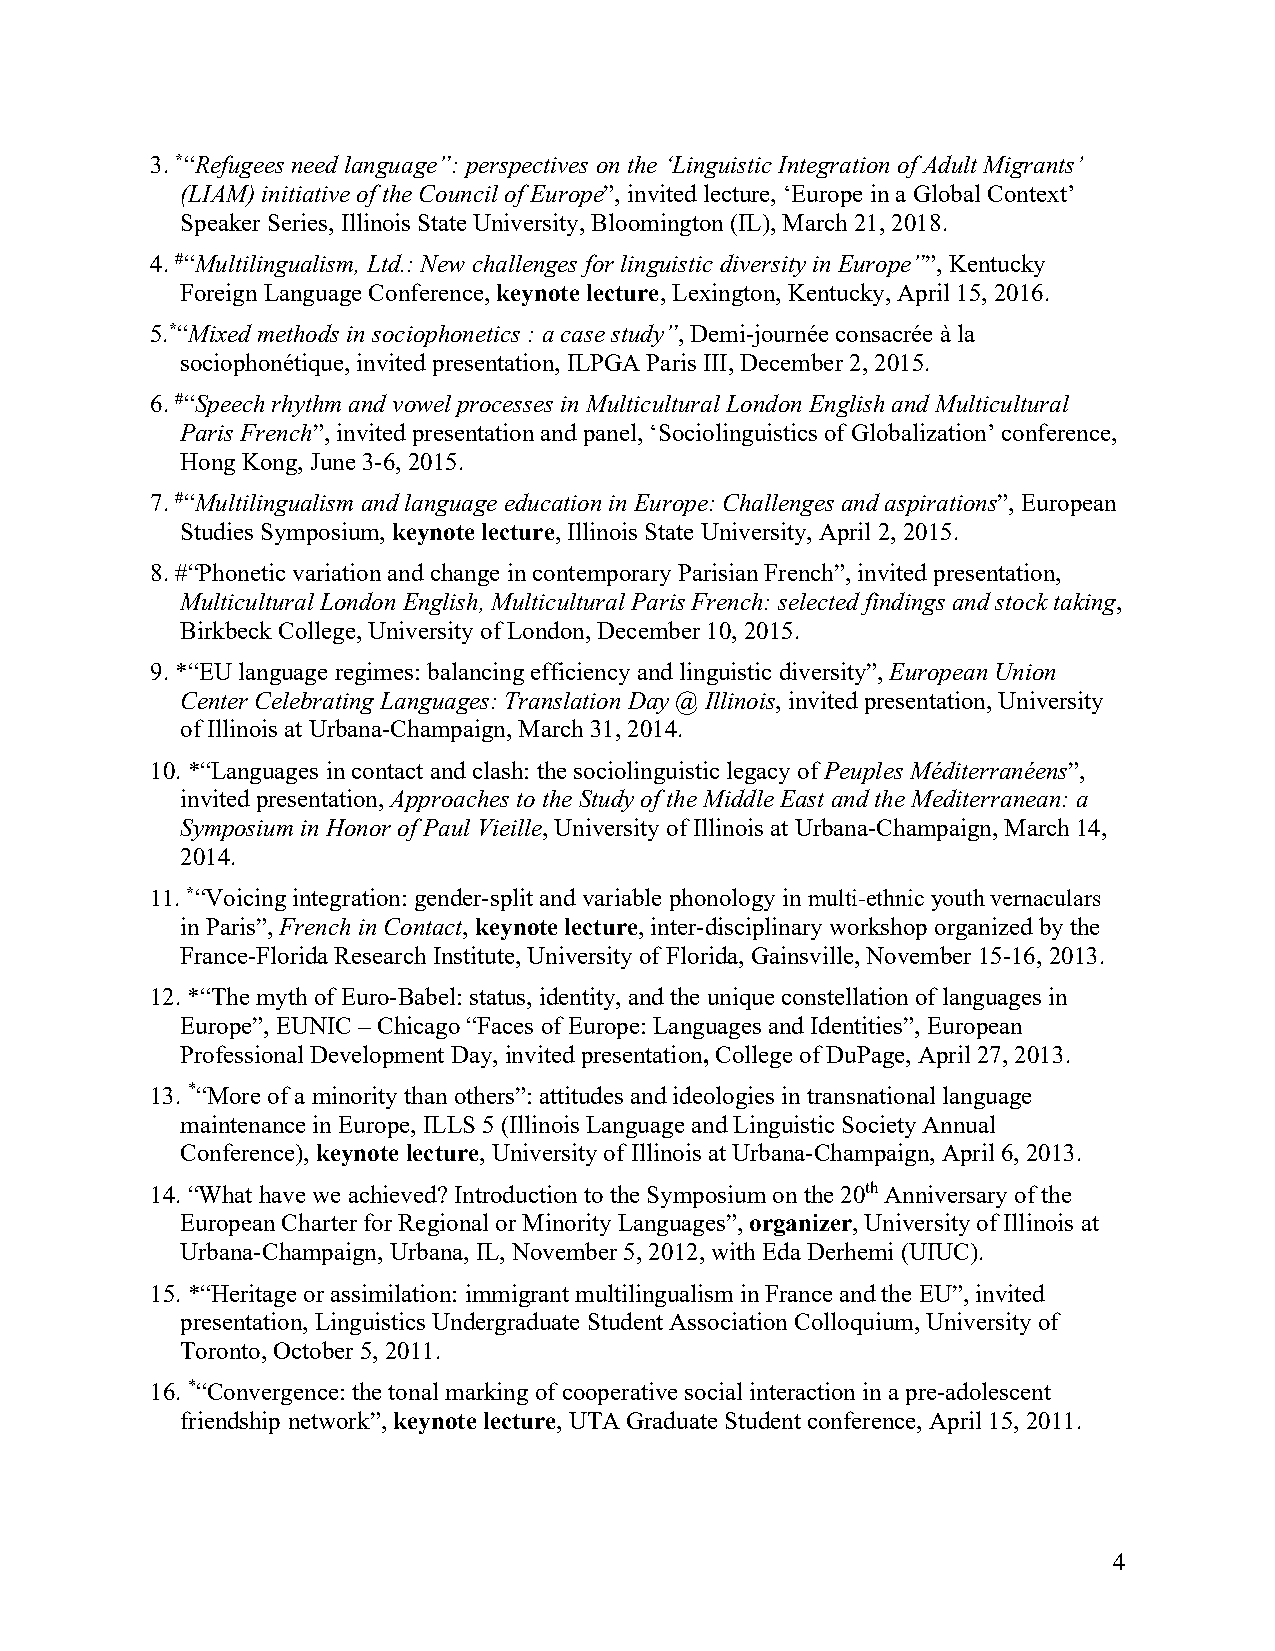
3. *“Refugees need language”: perspectives on the ‘Linguistic Integration of Adult Migrants’
 (LIAM) initiative of the Council of Europe”, invited lecture, ‘Europe in a Global Context’
 Speaker Series, Illinois State University, Bloomington (IL), March 21, 2018.
 4. #“Multilingualism, Ltd.: New challenges for linguistic diversity in Europe””, Kentucky
 Foreign Language Conference, keynote lecture, Lexington, Kentucky, April 15, 2016.
 5.*“Mixed methods in sociophonetics : a case study”, Demi-journée consacrée à la
 sociophonétique, invited presentation, ILPGA Paris III, December 2, 2015.
 6. #“Speech rhythm and vowel processes in Multicultural London English and Multicultural
 Paris French”, invited presentation and panel, ‘Sociolinguistics of Globalization’ conference,
 Hong Kong, June 3-6, 2015.
 7. #“Multilingualism and language education in Europe: Challenges and aspirations”, European
 Studies Symposium, keynote lecture, Illinois State University, April 2, 2015.
 8. #“Phonetic variation and change in contemporary Parisian French”, invited presentation,
 Multicultural London English, Multicultural Paris French: selected findings and stock taking,
 Birkbeck College, University of London, December 10, 2015.
 9. *“EU language regimes: balancing efficiency and linguistic diversity”, European Union
 Center Celebrating Languages: Translation Day @ Illinois, invited presentation, University
 of Illinois at Urbana-Champaign, March 31, 2014.
 10. *“Languages in contact and clash: the sociolinguistic legacy of Peuples Méditerranéens”,
 invited presentation, Approaches to the Study of the Middle East and the Mediterranean: a
 Symposium in Honor of Paul Vieille, University of Illinois at Urbana-Champaign, March 14,
 2014.
 11. *“Voicing integration: gender-split and variable phonology in multi-ethnic youth vernaculars
 in Paris”, French in Contact, keynote lecture, inter-disciplinary workshop organized by the
 France-Florida Research Institute, University of Florida, Gainsville, November 15-16, 2013.
 12. *“The myth of Euro-Babel: status, identity, and the unique constellation of languages in
 Europe”, EUNIC – Chicago “Faces of Europe: Languages and Identities”, European
 Professional Development Day, invited presentation, College of DuPage, April 27, 2013.
 13. *“More of a minority than others”: attitudes and ideologies in transnational language
 maintenance in Europe, ILLS 5 (Illinois Language and Linguistic Society Annual
 Conference), keynote lecture, University of Illinois at Urbana-Champaign, April 6, 2013.
 14. “What have we achieved? Introduction to the Symposium on the 20th Anniversary of the
 European Charter for Regional or Minority Languages”, organizer, University of Illinois at
 Urbana-Champaign, Urbana, IL, November 5, 2012, with Eda Derhemi (UIUC).
 15. *“Heritage or assimilation: immigrant multilingualism in France and the EU”, invited
 presentation, Linguistics Undergraduate Student Association Colloquium, University of
 Toronto, October 5, 2011.
 16. *“Convergence: the tonal marking of cooperative social interaction in a pre-adolescent
 friendship network”, keynote lecture, UTA Graduate Student conference, April 15, 2011.
 4